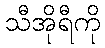
သီအိုရီကို